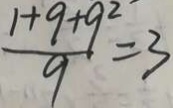
\frac { 1 + 9 + 9 ^ { 2 } } { 9 } = 3